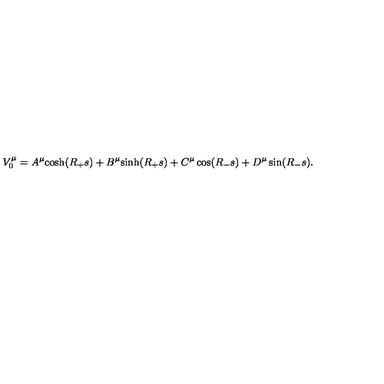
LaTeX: V _ { 0 } ^ { \mu } = A ^ { \mu } \mathrm { c o s h } ( R _ { + } s ) + B ^ { \mu } \mathrm { s i n h } ( R _ { + } s ) + C ^ { \mu } \cos ( R _ { - } s ) + D ^ { \mu } \sin ( R _ { - } s ) .